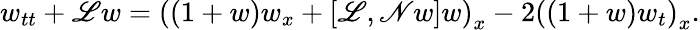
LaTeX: w_{tt}+\mathscr{L}w=\left((1+w)w_{x}+\left[\mathscr{L},\mathscr{N}w\right]w\right)_{x}-2\left((1+w)w_{t}\right)_{x}.